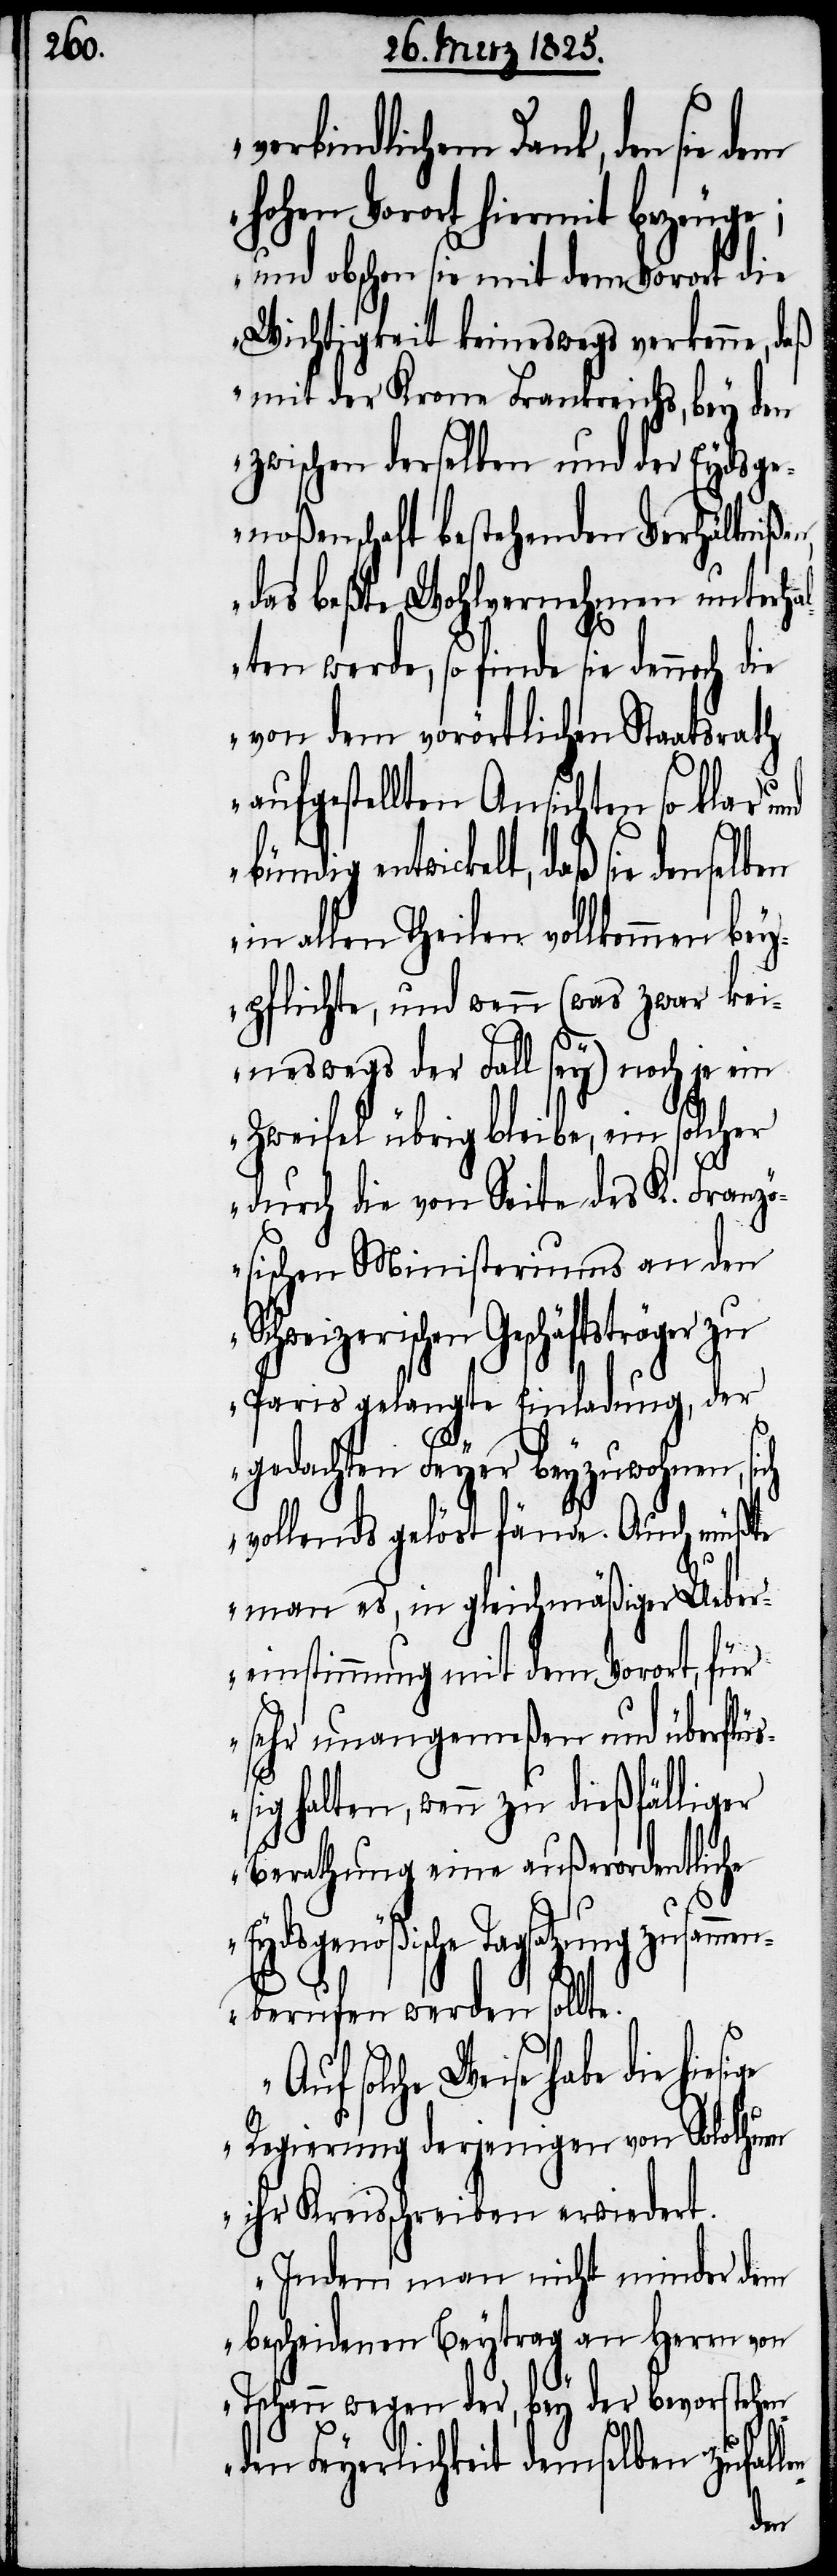
verbindlichem Dank, den sie
hohen Vorort hiermit bezeuge;
und obschon sie mit dem Vorort die
Wichtigkeit keineswegs verkenne, daß
mit der Krone Frankreichs, bey den
zwischen derselben und der Eydsge¬
noßenschaft bestehenden Verhältniße¬
das beßte Wohlvernehmen unterha¬
lten werde, so finde sie dennoch die
von dem vorörtlichen Staatsrath
aufgestellten Ansichten so klar und
bündig entwickelt, daß sie denselben
in allen Theilen vollkommen bey¬
pflichte, und wenn (was zwar kei¬
neswegs der Fall sey) noch je ein
Zweifel übrig bleibe, ein solcher
n,
durch die von Seite des K. Franz¬
ösischen Ministeriums an den
Schweizerischen Geschäftsträger zu
Paris gelangte Einladung, der
sige
gedachten Feyer beyzuwohnen, sich
vollends gelöst fände. Auch müßte
man es, in gleichmäßiger Ueber¬
einstimmung mit dem Vorort, für
sehr unangemeßen und überflü¬
ßig halten, wenn zu dießfälliger
Berathung eine außerordentliche
Eydsgenößische Tagsatzung zusam¬
menberufen werden sollte.
Auf solche Weise habe die hie¬
Regierung derjenigen von Solothurn
ihr Kreisschreiben erwiedert.
Indem man nicht minder dem
bescheidenen Beytrag an Herrn von
Tschann wegen der, bey der bevorstehe¬
nden Feyerlichkeit demselben zufall¬
en-